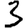
Digit: 3